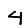
Digit: 4